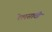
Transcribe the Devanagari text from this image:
रेलसाठी